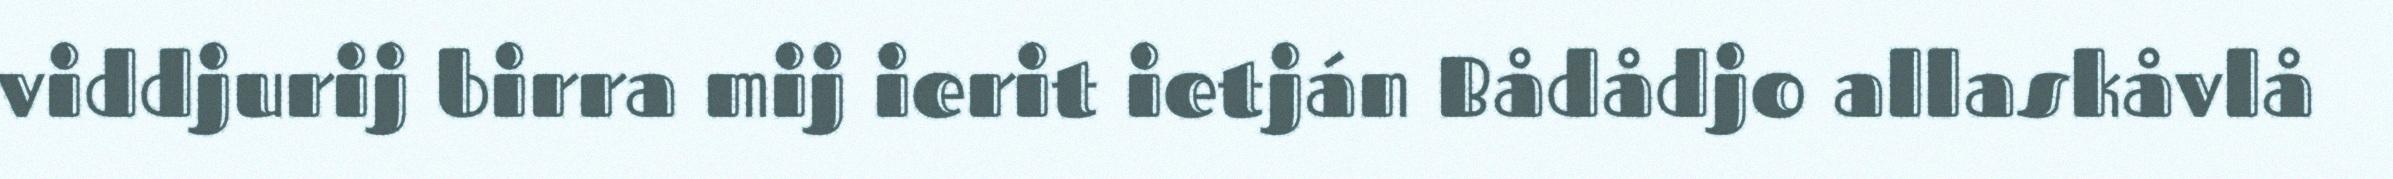
viddjurij birra mij ierit ietján Bådådjo allaskåvlå